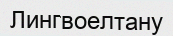
Лингвоелтану